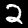
Label: 2